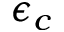
\epsilon _ { c }